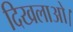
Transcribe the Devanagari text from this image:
दिखलाओ।